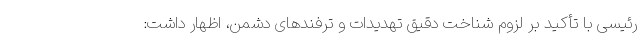
رئیسی با تأکید بر لزوم شناخت دقیق تهدیدات و ترفندهای دشمن، اظهار داشت: